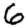
Digit: 6